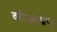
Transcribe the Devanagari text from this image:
वरीयताप्राप्त